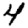
Digit: 4